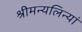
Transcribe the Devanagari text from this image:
श्रीमन्यलिन्यां